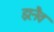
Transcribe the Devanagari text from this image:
झ़नैव